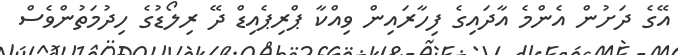
އޭގެ ދަށުން އެންމެ އާދައިގެ ފިހާރައިން ވިއްކާ ޕްރިޕެއިޑް ދޭ ރިލޯޑުގެ ހިދުމަތުންވެސް